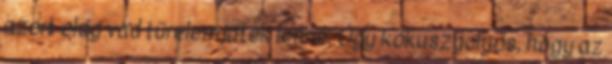
azért elég vad türelemjáték lenne. Úgy kókuszgolyós, hogy az